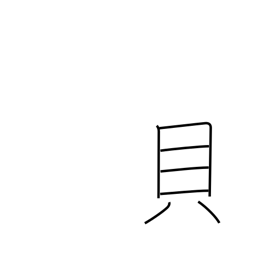
Meaning: shellfish